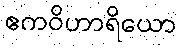
ဧကဝိဟာရိယော